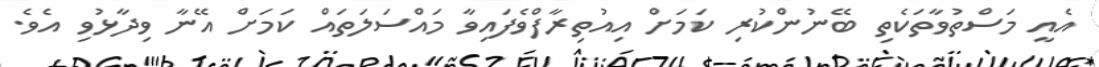
އެއީ މަސްތުވާތަކެތި ބޭނުންކުރި ކަމަށް އިއުތިރާފްވެފައިވާ މައްސަލަތައް ކަމަށް އޭނާ ވިދާޅުވި އެވެ.